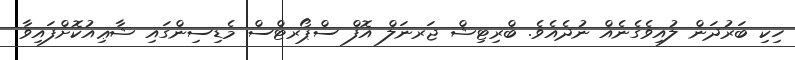
ހިކި ބަރުދަން ލުއިވެގެނެއް ނުދެއެވެ. ބްރިޓިޝް ޖަރނަލް އޮފް ސްޕޯރޓްސް މެޑިސިންގައި ޝާޢިއުކޮށްފައިވާ